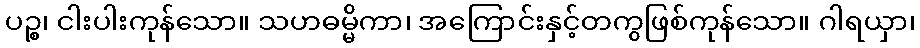
ပဉ္စ၊ ငါးပါးကုန်သော။ သဟဓမ္မိကာ၊ အကြောင်းနှင့်တကွဖြစ်ကုန်သော။ ဂါရယှာ၊